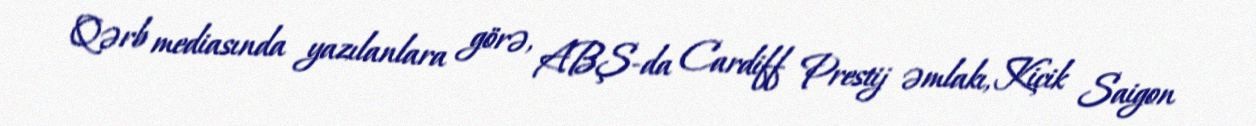
Qərb mediasında yazılanlara görə, ABŞ-da Cardiff Prestij əmlakı, Kiçik Saigon